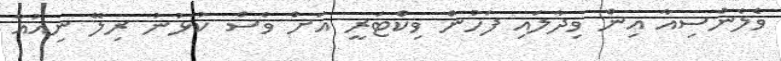
ވެލެންސިއާ އިން ވިދާލައި ފަހުން ވިކްޓަރީ އަށް ވެސް ކުޅުނު ރިލޭ ނިއުއާ